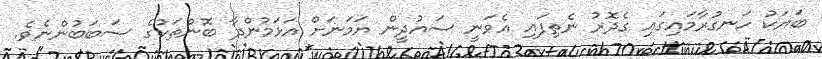
ބަޔަކު ހަނގުރާމައިގައި ގެދޮރު ނެތިފައި އެވަނީ ސައުދީން ޔަމަނަށް އަޅަމުންދާ ބޮންތަކުގެ ސަބަބުންނެވެ.